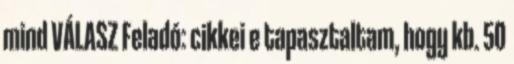
mind VÁLASZ Feladó: cikkei e tapasztaltam, hogy kb. 50